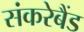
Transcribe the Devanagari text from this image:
संकरेबैंड